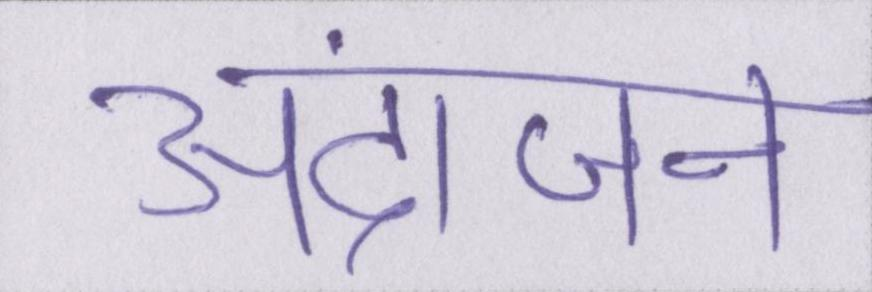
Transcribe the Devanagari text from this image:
अंदाजन